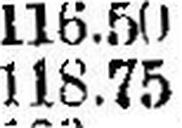
118.75